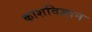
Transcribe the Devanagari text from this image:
काशविज्ञान